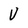
Character: V